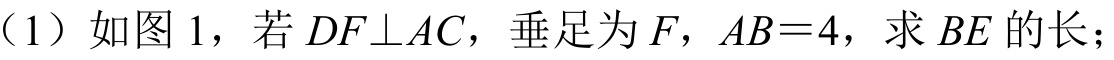
（1）如图 1，若 \(DF\perp AC\)，垂足为 \(F\)，\(AB = 4\)，求 \(BE\) 的长；